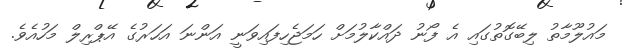
މައުލޫމާތު ލިބޭގޮތުގައި އެ ފޯނު ދައްކާލުމަށް ހަމަޖެހިފައިވަނީ އަންނަ އަހަރުގެ އޭޕްރިލް މަހުއެވެ.